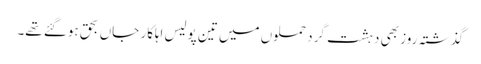
گذشتہ روز بھی دہشت گرد حملوں میں تین پولیس اہلکار جاں بحق ہوگئے تھے۔